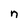
Character: n